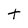
Character: t